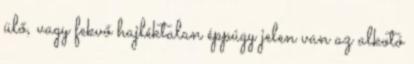
ülő, vagy fekvő hajléktalan éppúgy jelen van az alkotó